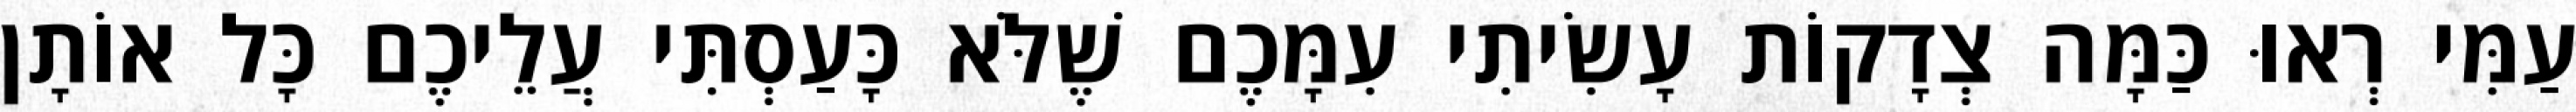
עַמִּי רְאוּ כַּמָּה צְדָקוֹת עָשִׂיתִי עִמָּכֶם שֶׁלֹּא כָּעַסְתִּי עֲלֵיכֶם כָּל אוֹתָן